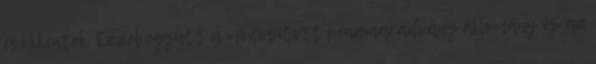
csökkentek. Ezzel együtt a módosított pénzmaradvány állomány és az